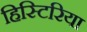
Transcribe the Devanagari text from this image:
हिस्टिरिया